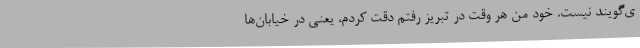
ی‌گویند نیست. خود من هر وقت در تبریز رفتم دقت کردم، یعنی در خیابان‌ها